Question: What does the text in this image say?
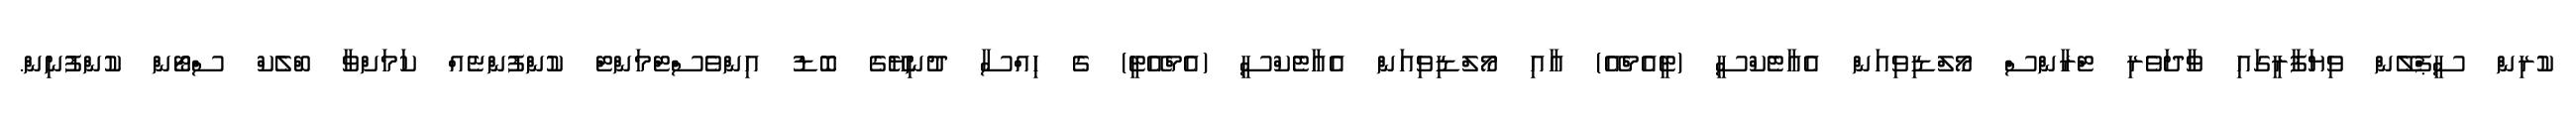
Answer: ކުރިން ސީޕްލޭން ވިޔަފާރީގައި ވާދަވެރި ޓްރާންސް މޯލްޑިވިއަން އެއާޓެކްސީ (ޓީއެމްއޭ) އާއި މޯލްޑިވިއަން އެއާޓެކްސީ (އެމްއޭޓީ) ގެ ހިއްސާ ދުނިޔޭގެ ބޮޑު އިންވެސްޓްމަންޓް ކުންފުންޏެއް ކަމަށްވާ ބްލެކް ސްޓޯން ކުންފުނިން.